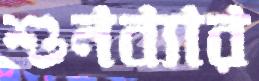
শুনব্যার